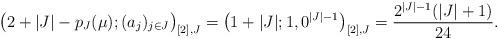
LaTeX: \begin{align*}\big(2+|J|-p_J(\mu);(a_j)_{j\in J}\big)_{[2],J}= \big(1+|J|;1,0^{|J|-1}\big)_{[2],J}=\frac{2^{|J|-1}(|J|+1)}{24}.\end{align*}